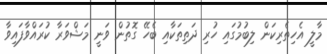
މާލީ އެހިތެރިކަން ލިބުމުގައި ހުރި ދަތިތަކާއި ބެހޭ ގޮތުން ވަނީ މަޝްވަރާ ކުރައްވާފައިވާ